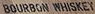
BOURBON WHISKEY